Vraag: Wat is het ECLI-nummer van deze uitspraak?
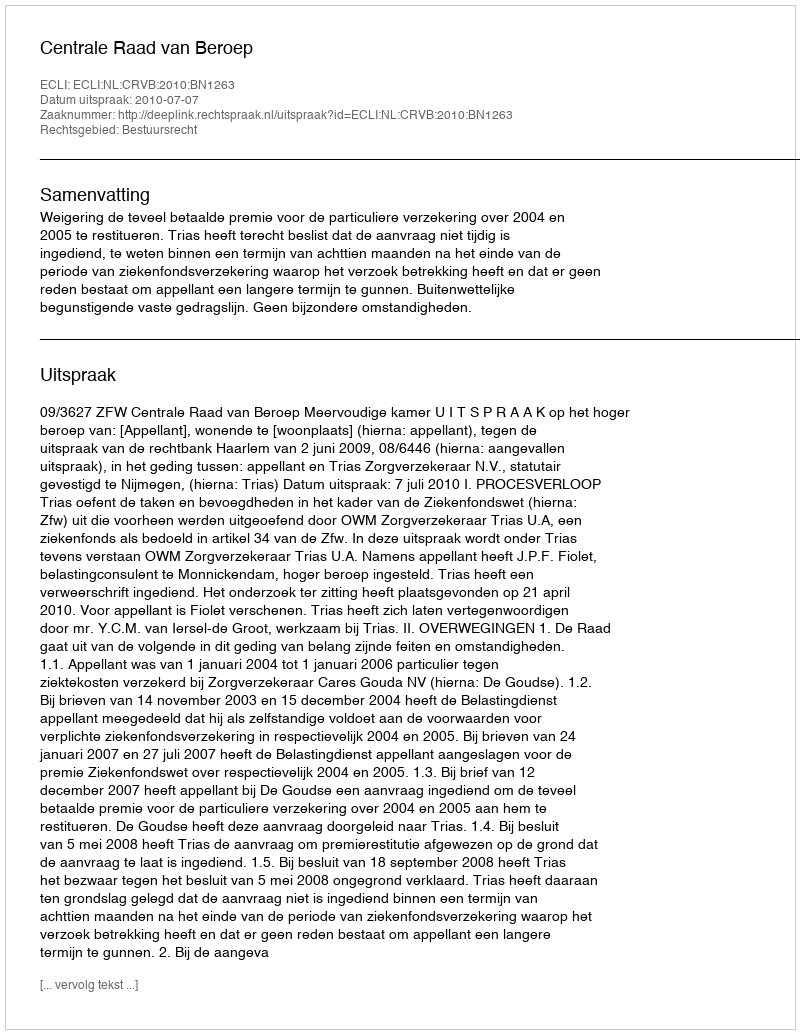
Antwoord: ECLI:NL:CRVB:2010:BN1263